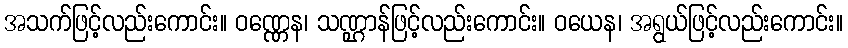
အသက်ဖြင့်လည်းကောင်း။ ဝဏ္ဏေန၊ သဏ္ဌာန်ဖြင့်လည်းကောင်း။ ဝယေန၊ အရွယ်ဖြင့်လည်းကောင်း။